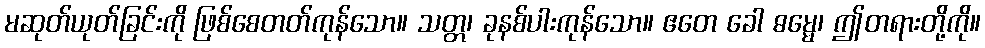
မဆုတ်ယုတ်ခြင်းကို ဖြစ်စေတတ်ကုန်သော။ သတ္တ၊ ခုနစ်ပါးကုန်သော။ ဧတေ ခေါ ဓမ္မေ၊ ဤတရားတို့ကို။